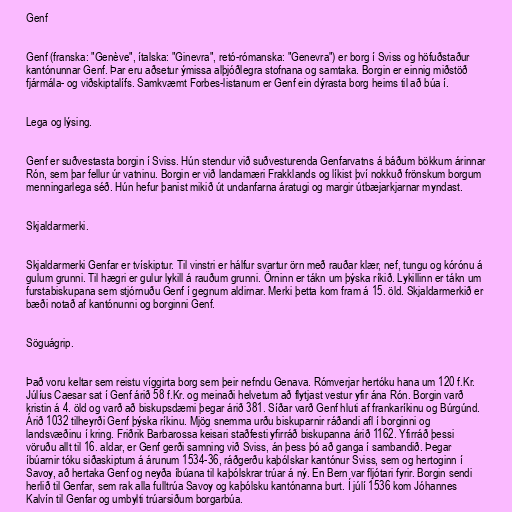
Genf

Genf (franska: "Genève", ítalska: "Ginevra", retó-rómanska: "Genevra") er borg í Sviss og höfuðstaður
kantónunnar Genf. Þar eru aðsetur ýmissa alþjóðlegra stofnana og samtaka. Borgin er einnig miðstöð
fjármála- og viðskiptalífs. Samkvæmt Forbes-listanum er Genf ein dýrasta borg heims til að búa í.

Lega og lýsing.

Genf er suðvestasta borgin í Sviss. Hún stendur við suðvesturenda Genfarvatns á báðum bökkum árinnar
Rón, sem þar fellur úr vatninu. Borgin er við landamæri Frakklands og líkist því nokkuð frönskum borgum
menningarlega séð. Hún hefur þanist mikið út undanfarna áratugi og margir útbæjarkjarnar myndast.

Skjaldarmerki.

Skjaldarmerki Genfar er tvískiptur. Til vinstri er hálfur svartur örn með rauðar klær, nef, tungu og kórónu á
gulum grunni. Til hægri er gulur lykill á rauðum grunni. Örninn er tákn um þýska ríkið. Lykillinn er tákn um
furstabiskupana sem stjórnuðu Genf í gegnum aldirnar. Merki þetta kom fram á 15. öld. Skjaldarmerkið er
bæði notað af kantónunni og borginni Genf.

Söguágrip.

Það voru keltar sem reistu víggirta borg sem þeir nefndu Genava. Rómverjar hertóku hana um 120 f.Kr.
Júlíus Caesar sat í Genf árið 58 f.Kr. og meinaði helvetum að flytjast vestur yfir ána Rón. Borgin varð
kristin á 4. öld og varð að biskupsdæmi þegar árið 381. Síðar varð Genf hluti af frankaríkinu og Búrgúnd.
Árið 1032 tilheyrði Genf þýska ríkinu. Mjög snemma urðu biskuparnir ráðandi afl í borginni og
landsvæðinu í kring. Friðrik Barbarossa keisari staðfesti yfirráð biskupanna árið 1162. Yfirráð þessi
vöruðu allt til 16. aldar, er Genf gerði samning við Sviss, án þess þó að ganga í sambandið. Þegar
íbúarnir tóku siðaskiptum á árunum 1534-36, ráðgerðu kaþólskar kantónur Sviss, sem og hertoginn í
Savoy, að hertaka Genf og neyða íbúana til kaþólskrar trúar á ný. En Bern var fljótari fyrir. Borgin sendi
herlið til Genfar, sem rak alla fulltrúa Savoy og kaþólsku kantónanna burt. Í júlí 1536 kom Jóhannes
Kalvín til Genfar og umbylti trúarsiðum borgarbúa.